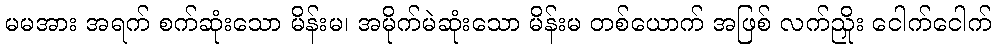
မမအား အရက် စက်ဆုံးသော မိန်းမ၊ အမိုက်မဲဆုံးသော မိန်းမ တစ်ယောက် အဖြစ် လက်ညှိုး ငေါက်ငေါက်